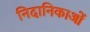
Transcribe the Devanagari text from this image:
निदानिकाओं